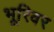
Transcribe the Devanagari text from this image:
भूरिवर